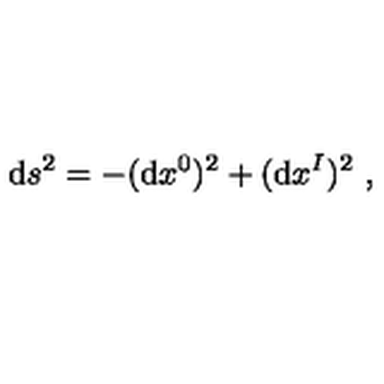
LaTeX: \mathrm { d } s ^ { 2 } = - ( \mathrm { d } x ^ { 0 } ) ^ { 2 } + ( \mathrm { d } x ^ { I } ) ^ { 2 } \ ,